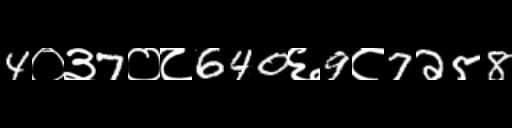
Text: 4०३7०८640६9८7258